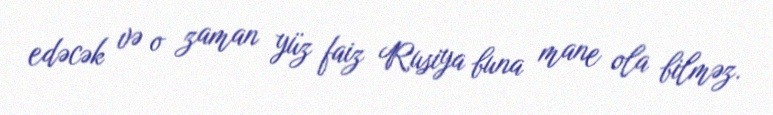
edəcək və o zaman yüz faiz Rusiya buna mane ola bilməz.